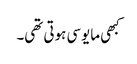
کبھی مایوسی ہوتی تھی۔